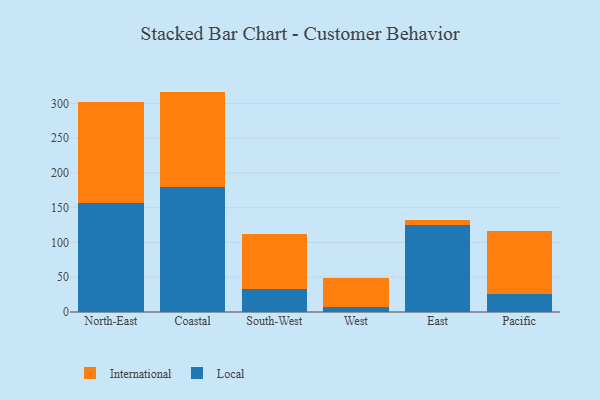
{"axis": {"x": "Region", "y": "Net Income (USD K)"}, "legend": ["International", "Local"], "data": [{"x": "North-East", "y": 156.6, "type": "Local"}, {"x": "North-East", "y": 145.8, "type": "International"}, {"x": "Coastal", "y": 179.3, "type": "Local"}, {"x": "Coastal", "y": 137.6, "type": "International"}, {"x": "South-West", "y": 32.8, "type": "Local"}, {"x": "South-West", "y": 79.2, "type": "International"}, {"x": "West", "y": 7.8, "type": "Local"}, {"x": "West", "y": 40.6, "type": "International"}, {"x": "East", "y": 124.4, "type": "Local"}, {"x": "East", "y": 7.3, "type": "International"}, {"x": "Pacific", "y": 26.4, "type": "Local"}, {"x": "Pacific", "y": 90.4, "type": "International"}]}